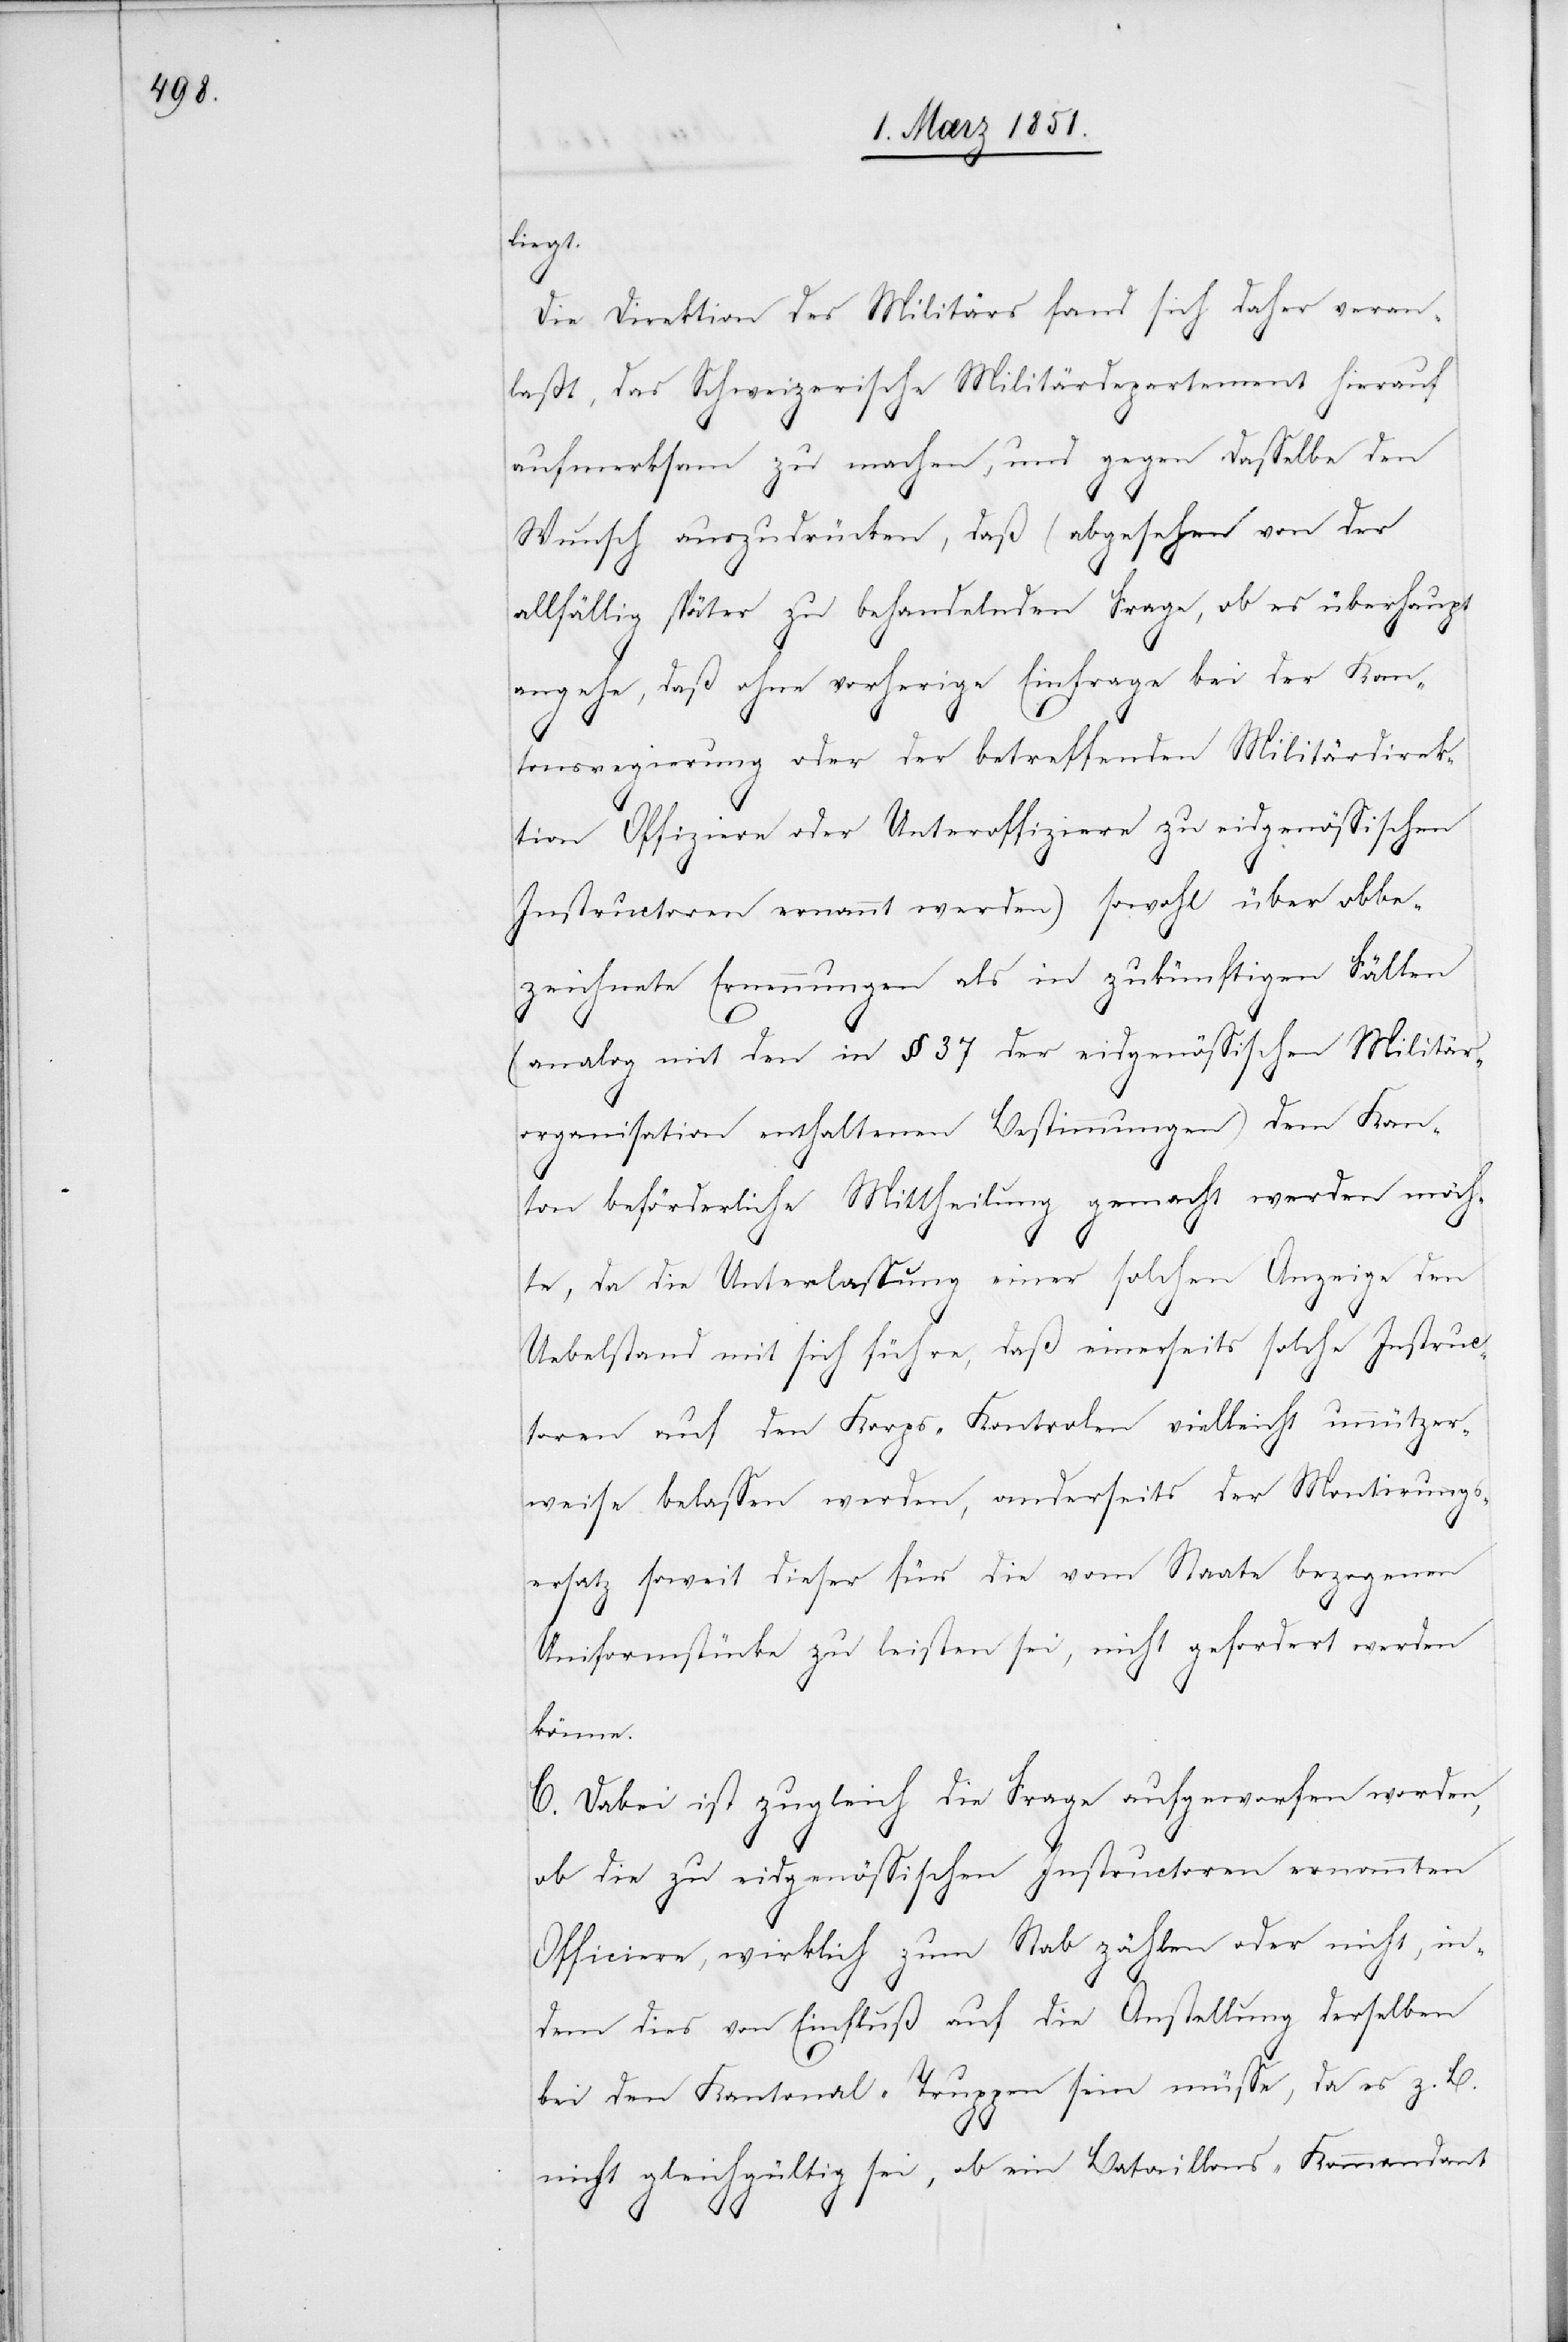
liegt.
Die Direktion des Militärs fand sich daher veran¬
laßt, das Schweizerische Militärdepartement hierauf
aufmerksam zu machen, und gegen dasselbe den
Wunsch auszudrücken, daß (abgesehen von der
allfällig später zu behandelnden Frage, ob es überhaupt
angehe, daß ohne vorherige Einfrage bei der Kan¬
tonsregierung oder der betreffenden Militärdirek¬
tion Offiziere oder Unteroffiziere zu eidgenössischen
Instructoren ernannt werden) sowohl über obbe¬
zeichnete Ernennungen als in zukünftigen Fällen
(analog mit den in § 37 der eidgenössischen Militär¬
organisation enthaltenen Bestimmungen) dem Kan¬
ton beförderliche Mittheilung gemacht werden möch¬
te, da die Unterlassung einer solchen Anzeige den
Uebelstand mit sich führe, daß einerseits solche Instruc¬
toren auf den Korps-Kontrolen vielleicht unnützer¬
weise belassen werden, anderseits der Montirungs¬
ersatz soweit dieser für die vom Staate bezogenen
Uniformstücke zu leisten sei, nicht gefordert werden
könne.
C. Dabei ist zugleich die Frage aufgeworfen worden,
ob die zu eidgenössischen Instructoren ernannten
Officiere, wirklich zum Stab zählen oder nicht, in¬
dem dies von Einfluß auf die Anstellung derselben
bei den Kantonal-Truppen sein müsse, da es z. B.
nicht gleichgültig sei, ob ein Bataillons-Kommandant